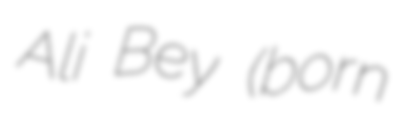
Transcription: Ali Bey (born